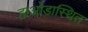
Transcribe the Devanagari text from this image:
हाओडास्थित